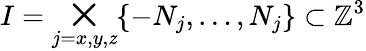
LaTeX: I=\bigtimes_{j=x,y,\mathit{z}}\{ -N_{j},\dots,N_{j}\} \subset{\mathbb{{Z}}}^{3}